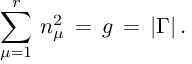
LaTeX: \sum _ { \mu = 1 } ^ { r } \, n _ { \mu } ^ { 2 } \, = \, g \, = \, | \Gamma | \, .